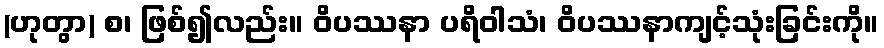
(ဟုတွာ) စ၊ ဖြစ်၍လည်း။ ဝိပဿနာ ပရိဝါသံ၊ ဝိပဿနာကျင့်သုံးခြင်းကို။